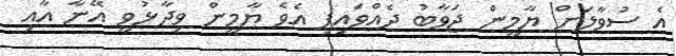
އެ ސުވާލަށް ޔާމީން ޖަވާބު ދެއްވައިފި އެވެ ޔާމީން ވިދާޅުވީ އޭނާ އާއި